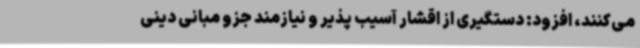
می‌کنند، افزود: دستگیری از اقشار آسیب پذیر و نیازمند جزو مبانی دینی